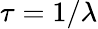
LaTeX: \tau=1/\lambda